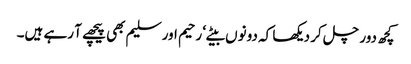
کچھ دور چل کر دیکھا کہ دونوں بیٹے‘ رحیم اور سلیم بھی پیچھے آ رہے ہیں۔